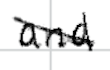
Text: and
Cross-out: diagonal
Writing tool: digital_black